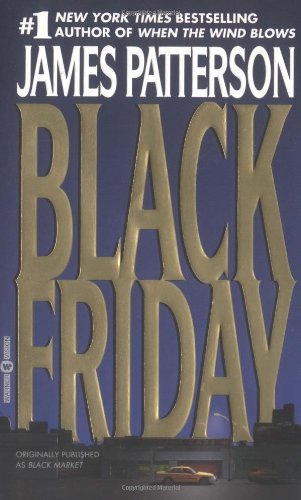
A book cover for Black Friday; James Patterson; Mystery, Thriller & Suspense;